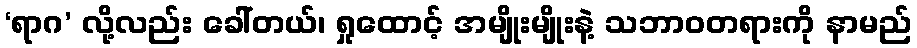
‘ရာဂ’ လို့လည်း ခေါ်တယ်၊ ရှုထောင့် အမျိုးမျိုးနဲ့ သဘာဝတရားကို နာမည်